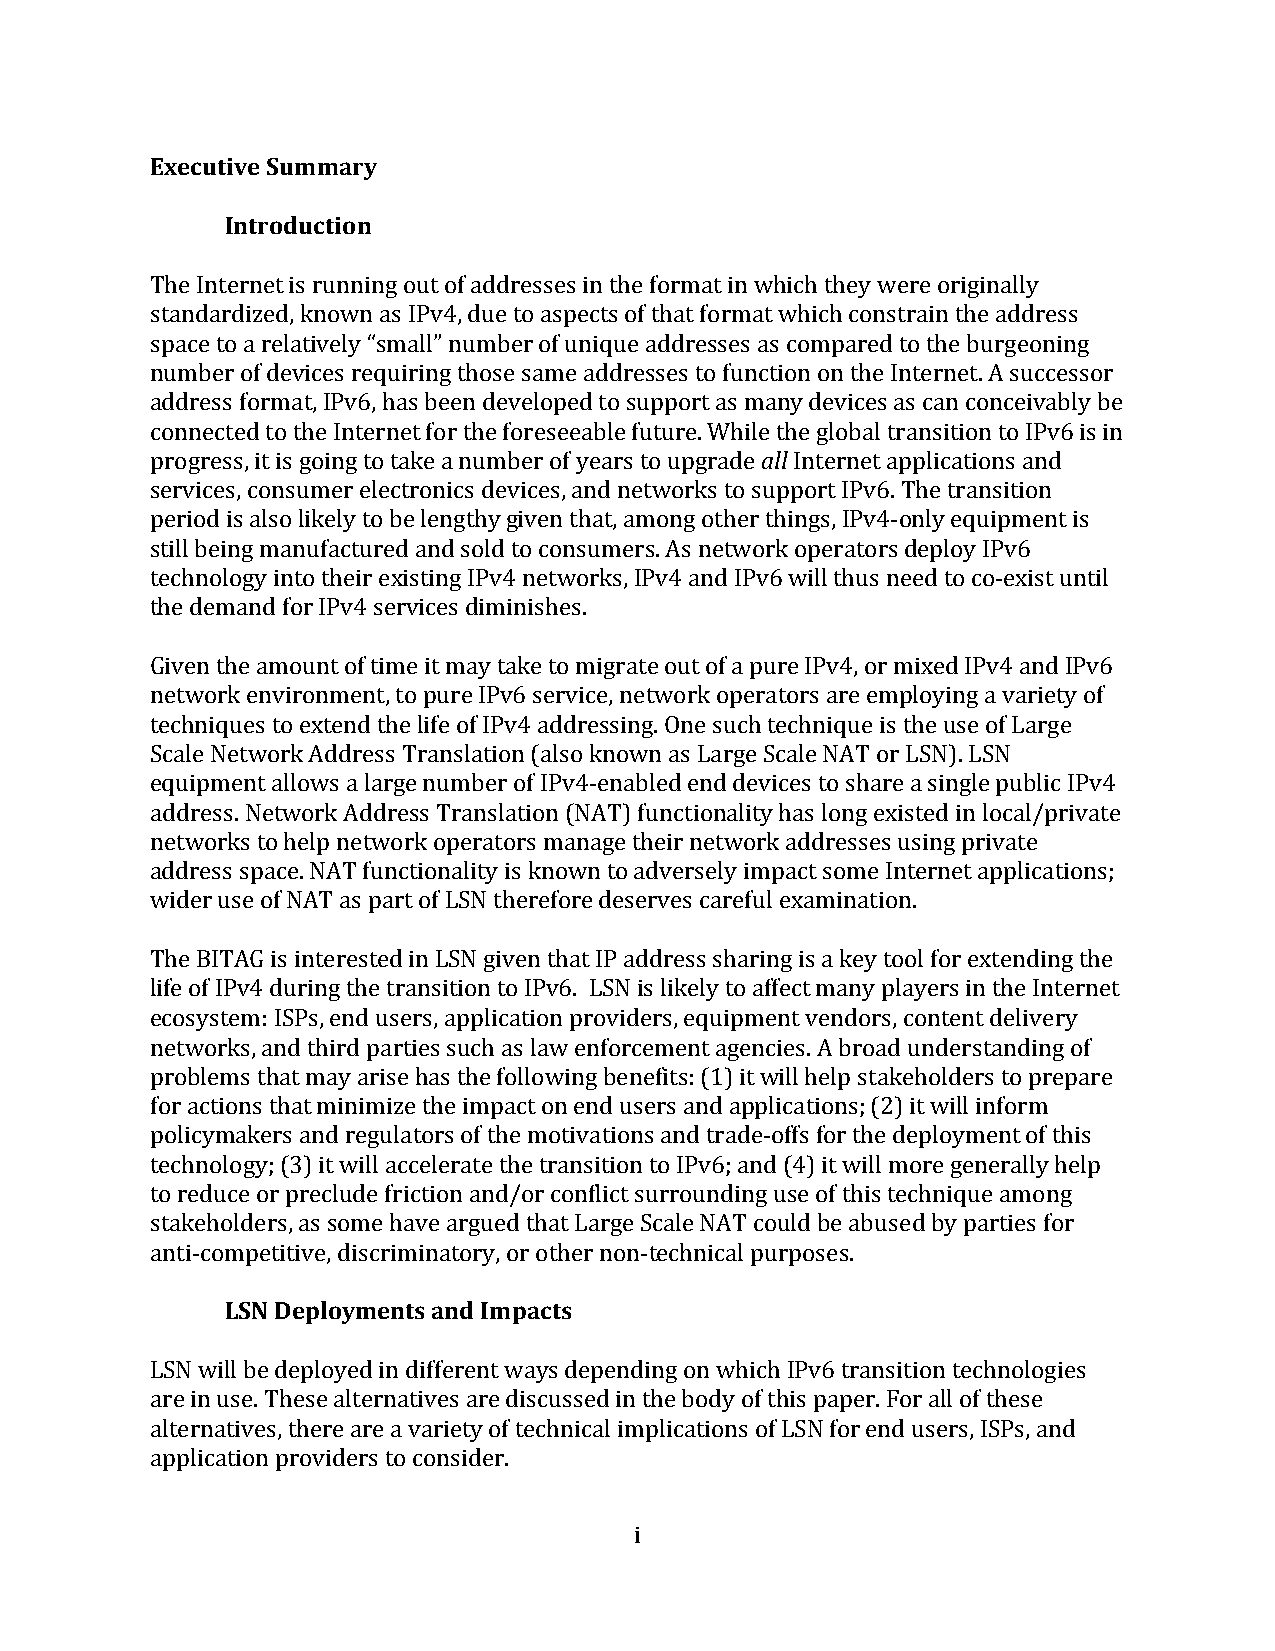
Executive Summary
 Introduction
 The Internet is running out of addresses in the format in which they were originally
 standardized, known as IPv4, due to aspects of that format which constrain the address
 space to a relatively “small” number of unique addresses as compared to the burgeoning
 number of devices requiring those same addresses to function on the Internet. A successor
 address format, IPv6, has been developed to support as many devices as can conceivably be
 connected to the Internet for the foreseeable future. While the global transition to IPv6 is in
 progress, it is going to take a number of years to upgrade all Internet applications and
 services, consumer electronics devices, and networks to support IPv6. The transition
 period is also likely to be lengthy given that, among other things, IPv4-­‐only equipment is
 still being manufactured and sold to consumers. As network operators deploy IPv6
 technology into their existing IPv4 networks, IPv4 and IPv6 will thus need to co-­‐exist until
 the demand for IPv4 services diminishes.
 Given the amount of time it may take to migrate out of a pure IPv4, or mixed IPv4 and IPv6
 network environment, to pure IPv6 service, network operators are employing a variety of
 techniques to extend the life of IPv4 addressing. One such technique is the use of Large
 Scale Network Address Translation (also known as Large Scale NAT or LSN). LSN
 equipment allows a large number of IPv4-­‐enabled end devices to share a single public IPv4
 address. Network Address Translation (NAT) functionality has long existed in local/private
 networks to help network operators manage their network addresses using private
 address space. NAT functionality is known to adversely impact some Internet applications;
 wider use of NAT as part of LSN therefore deserves careful examination.
 The BITAG is interested in LSN given that IP address sharing is a key tool for extending the
 life of IPv4 during the transition to IPv6. LSN is likely to affect many players in the Internet
 ecosystem: ISPs, end users, application providers, equipment vendors, content delivery
 networks, and third parties such as law enforcement agencies. A broad understanding of
 problems that may arise has the following benefits: (1) it will help stakeholders to prepare
 for actions that minimize the impact on end users and applications; (2) it will inform
 policymakers and regulators of the motivations and trade-­‐offs for the deployment of this
 technology; (3) it will accelerate the transition to IPv6; and (4) it will more generally help
 to reduce or preclude friction and/or conflict surrounding use of this technique among
 stakeholders, as some have argued that Large Scale NAT could be abused by parties for
 anti-­‐competitive, discriminatory, or other non-­‐technical purposes.
 LSN Deployments and Impacts
 LSN will be deployed in different ways depending on which IPv6 transition technologies
 are in use. These alternatives are discussed in the body of this paper. For all of these
 alternatives, there are a variety of technical implications of LSN for end users, ISPs, and
 application providers to consider.
 i